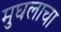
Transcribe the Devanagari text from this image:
मुघलाचा